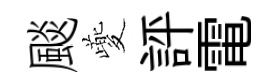
颷夔評電